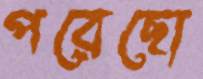
পরেছো